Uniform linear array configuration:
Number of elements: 24
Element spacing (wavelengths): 0.25
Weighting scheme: hann
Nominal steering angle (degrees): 45
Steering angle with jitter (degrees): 45.292
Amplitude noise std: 0.05
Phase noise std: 0.05

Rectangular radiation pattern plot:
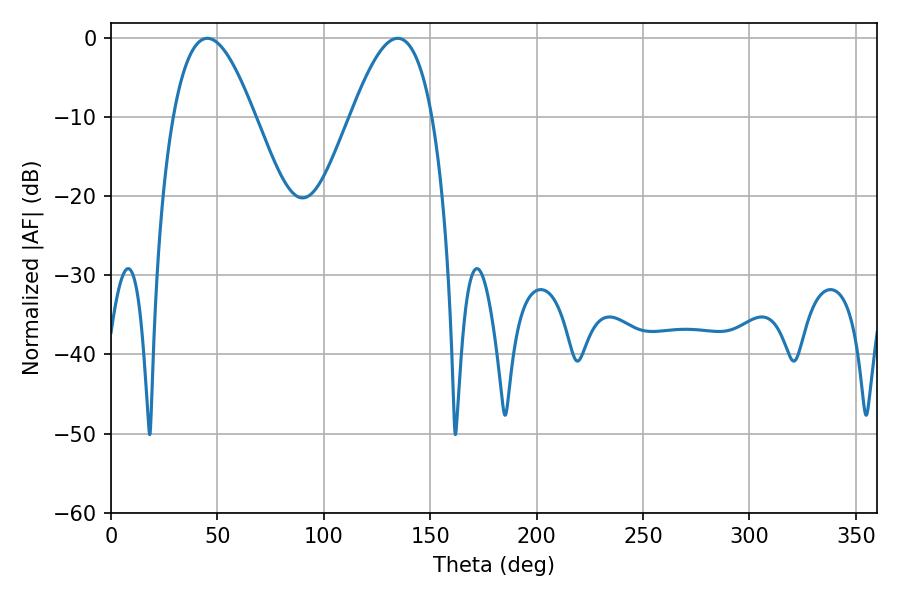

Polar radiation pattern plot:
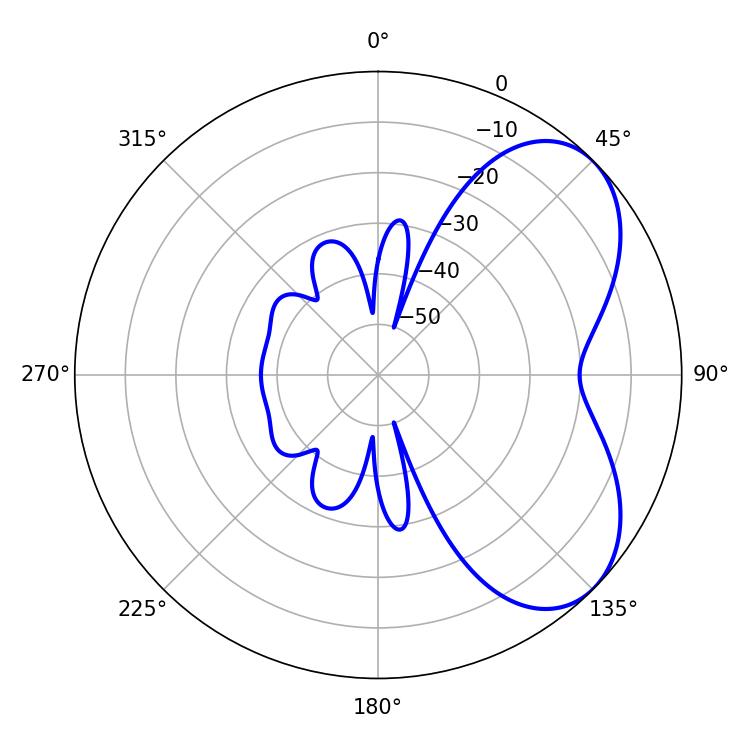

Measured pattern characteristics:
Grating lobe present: FALSE
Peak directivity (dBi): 5.397
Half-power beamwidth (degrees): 20.88
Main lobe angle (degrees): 45.18